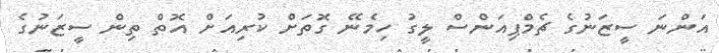
އަންނަ ސީޒަނުގެ ޗެމްޕިއަންސް ލީގު ހިމެނޭ ގޮތަށް ކުރިއަށް އޮތް ތިން ސީޒަނުގެ